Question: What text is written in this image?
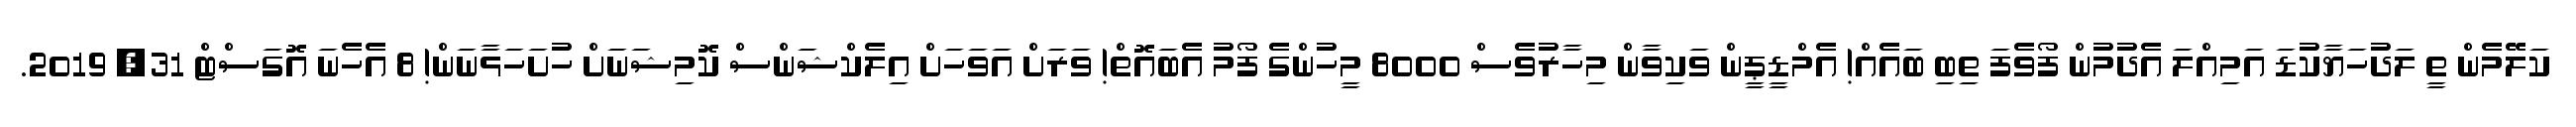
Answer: ކަލޭމެން ތީ ލަދުހަޔާކުޑަ އަމިއްލަ އެދުމުން ފޯވެފަ ތިބި ބައެއް! އެމްޑީޕީން ވަކިވާން މިހާރުވެސް 8000 މީހުންގެ ފޯމު އެބައޮތް! ވަރަށް އަވަހަށް އިލެކްޝަންސް ކޮމިޝަނަށް ހުށަހަޅާނަން! 8 އެހެނަ އޮގަސްޓް 31, 2019.